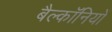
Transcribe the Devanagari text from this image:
बैल्कॉनियों